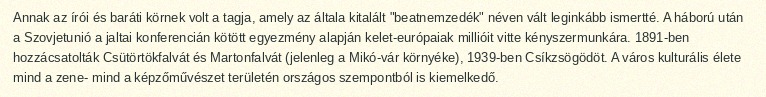
Annak az írói és baráti körnek volt a tagja, amely az általa kitalált "beatnemzedék" néven vált leginkább ismertté. A háború után a Szovjetunió a jaltai konferencián kötött egyezmény alapján kelet-európaiak millióit vitte kényszermunkára. 1891-ben hozzácsatolták Csütörtökfalvát és Martonfalvát (jelenleg a Mikó-vár környéke), 1939-ben Csíkzsögödöt. A város kulturális élete mind a zene- mind a képzőművészet területén országos szempontból is kiemelkedő.